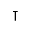
\intercal